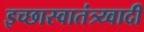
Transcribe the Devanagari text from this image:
इच्छास्वातंत्र्य्वादी